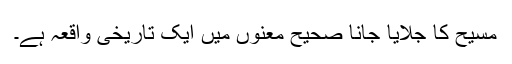
مسیح کا جلایا جانا صحیح معنوں میں ایک تاریخی واقعہ ہے۔